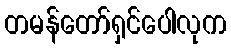
တမန်တော်ရှင်ပေါလုက